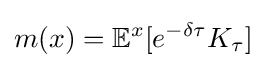
m(x)=\mathbb {E} ^{x}[e^{-\delta \tau }K_{\tau }]